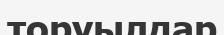
торуылдар